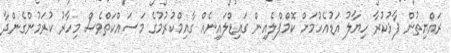
ރައްޔިތުން ފާޅުކުރާ ހިޔާލު އަޑުއެހުމަށް ކޮމްޕްލެއިން ގައިޑްލައިނެއް ގާއިމްކުރުމުގެ މަސައްކަތްވެސް މިހާރު ކުރަމުންގެންދާ